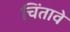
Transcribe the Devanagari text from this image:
चिंतावे